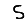
Digit: 5